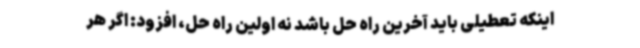
اینکه تعطیلی باید آخرین راه حل باشد نه اولین راه حل، افزود: اگر هر